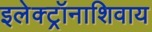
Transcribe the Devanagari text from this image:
इलेक्ट्रॉनाशिवाय